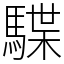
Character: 䮜